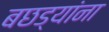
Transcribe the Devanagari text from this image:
बछड्यांना